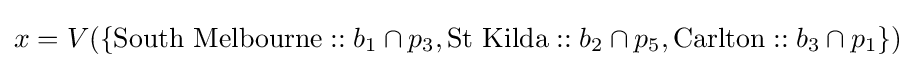
x=V(\{{\text{South Melbourne}}::b_{1}\cap p_{3},{\text{St Kilda}}::b_{2}\cap p_{5},{\text{Carlton}}::b_{3}\cap p_{1}\})